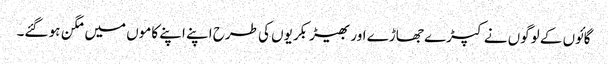
گائوں کے لوگوں نے کپڑے جھاڑے اور بھیڑ بکریوں کی طرح اپنے اپنے کاموں میں مگن ہو گئے۔